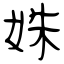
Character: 姝